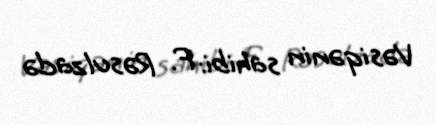
Vəsiqənin sahibi: F. Rəsulzadə